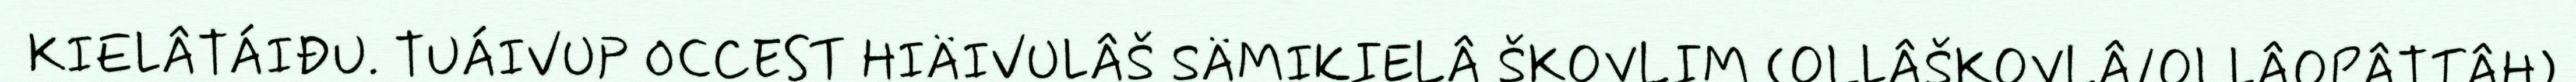
KIELÂTÁIĐU. TUÁIVUP OCCEST HIÄIVULÂŠ SÄMIKIELÂ ŠKOVLIM (OLLÂŠKOVLÂ/OLLÂOPÂTTÂH),